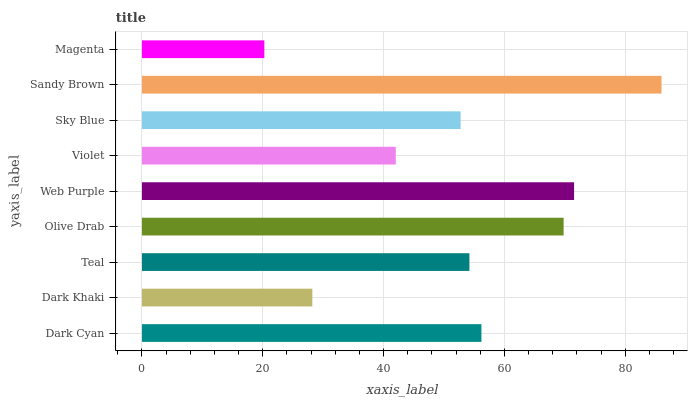
| yaxis_label | bars |
 | --- | --- |
 | Dark Cyan | 56.2 |
 | Dark Khaki | 28.2 |
 | Teal | 54.2 |
 | Olive Drab | 69.8 |
 | Web Purple | 71.5 |
 | Violet | 42 |
 | Sky Blue | 52.7 |
 | Sandy Brown | 86 |
 | Magenta | 20.3 |